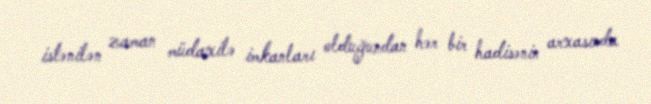
istənilən zaman müdaxilə imkanları olduğundan hər bir hadisənin arxasında